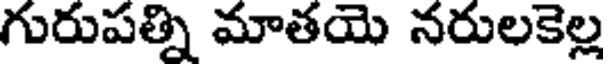
గురుపత్ని మాతయె నరులకెల్ల